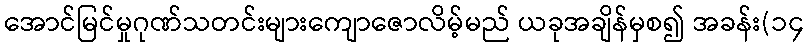
အောင်မြင်မှုဂုဏ်သတင်းများကျောဇောလိမ့်မည် ယခုအချိန်မှစ၍ အခန်း(၁၄